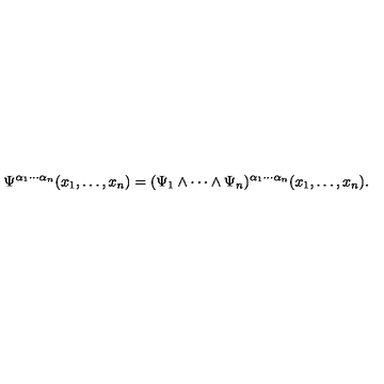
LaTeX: \Psi ^ { \alpha _ { 1 } \cdots \alpha _ { n } } ( x _ { 1 } , \ldots , x _ { n } ) = ( \Psi _ { 1 } \wedge \cdots \wedge \Psi _ { n } ) ^ { \alpha _ { 1 } \cdots \alpha _ { n } } ( x _ { 1 } , \ldots , x _ { n } ) .